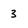
Character: 3